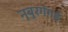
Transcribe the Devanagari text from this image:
नुबुरगंगई